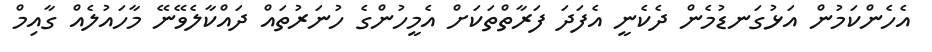
އެހެންކަމުން އަޅުގަނޑުމެން ދެކެނީ އެފަދަ ފަރާތްތަކަށް އެމީހުންގެ ހުނަރުތައް ދައްކާލެވޭނޭ މާހައުލެއް ގާއިމް